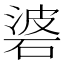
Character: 碆